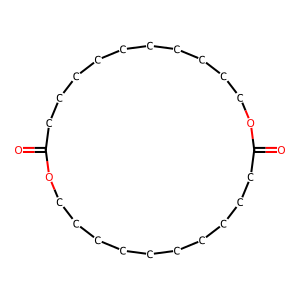
SMILES: O=C1CCCCCCCCCCOC(=O)CCCCCCCCCCO1
Inhibits HIV replication: No